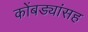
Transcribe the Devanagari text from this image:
कोंबड्यांसह